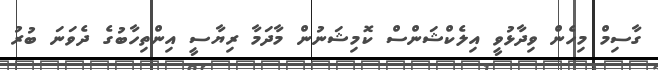
ގާސިމް މިހެން ވިދާޅުވީ އިލެކްޝަންސް ކޮމިޝަނުން މާދަމާ ރިޔާސީ އިންތިހާބުގެ ދެވަނަ ބުރު